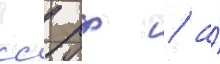
сс рф / а́